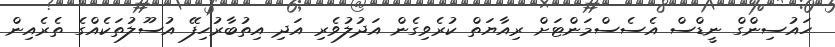
ހައުސިންގް ނީޑްސް އެސެސްމަންޓަށް ރިއާޔަތް ކުރެވިގެން އަދުލުވެރި އަދި އިތުބާރުހިފޭ އުސޫލުތަކެއްގެ ތެރެއިން